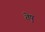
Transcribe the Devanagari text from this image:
तेषु